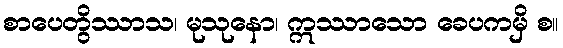
စာပေတွိဿာသ၊ မုသုနော၊ ဣဿာသော ခေပကမှိ စ။